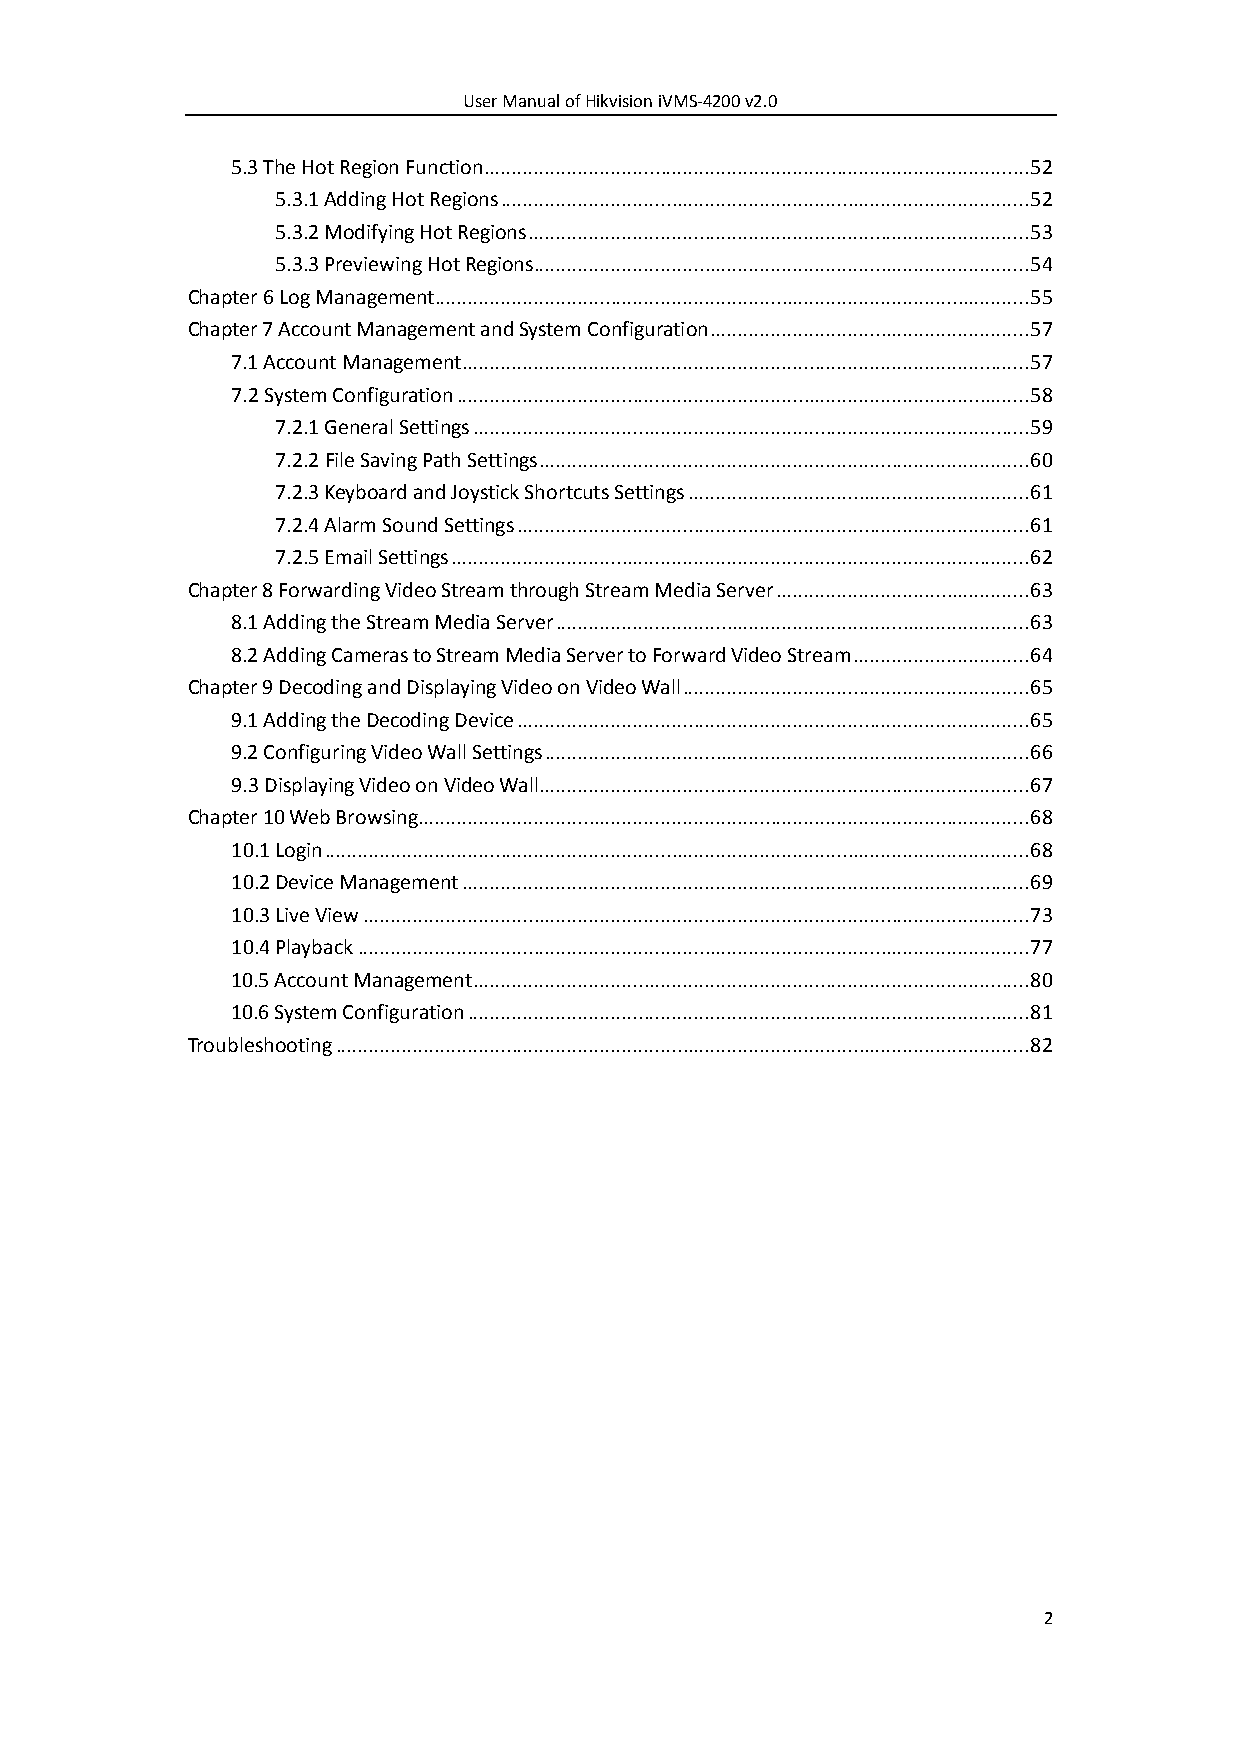
User Manual of Hikvision iVMS-4200 v2.0
 5.3 The Hot Region Function ................................................................................................... 52
 5.3.1 Adding Hot Regions ................................................................................................ 52
 5.3.2 Modifying Hot Regions ........................................................................................... 53
 5.3.3 Previewing Hot Regions.......................................................................................... 54
 Chapter 6 Log Management ............................................................................................................ 55
 Chapter 7 Account Management and System Configuration .......................................................... 57
 7.1 Account Management ....................................................................................................... 57
 7.2 System Configuration ........................................................................................................ 58
 7.2.1 General Settings ..................................................................................................... 59
 7.2.2 File Saving Path Settings ......................................................................................... 60
 7.2.3 Keyboard and Joystick Shortcuts Settings .............................................................. 61
 7.2.4 Alarm Sound Settings ............................................................................................. 61
 7.2.5 Email Settings ......................................................................................................... 62
 Chapter 8 Forwarding Video Stream through Stream Media Server .............................................. 63
 8.1 Adding the Stream Media Server ...................................................................................... 63
 8.2 Adding Cameras to Stream Media Server to Forward Video Stream ................................ 64
 Chapter 9 Decoding and Displaying Video on Video Wall ............................................................... 65
 9.1 Adding the Decoding Device ............................................................................................. 65
 9.2 Configuring Video Wall Settings ........................................................................................ 66
 9.3 Displaying Video on Video Wall......................................................................................... 67
 Chapter 10 Web Browsing ............................................................................................................... 68
 10.1 Login ................................................................................................................................ 68
 10.2 Device Management ....................................................................................................... 69
 10.3 Live View ......................................................................................................................... 73
 10.4 Playback .......................................................................................................................... 77
 10.5 Account Management ..................................................................................................... 80
 10.6 System Configuration ...................................................................................................... 81
 Troubleshooting .............................................................................................................................. 82
 2